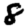
Digit: 8